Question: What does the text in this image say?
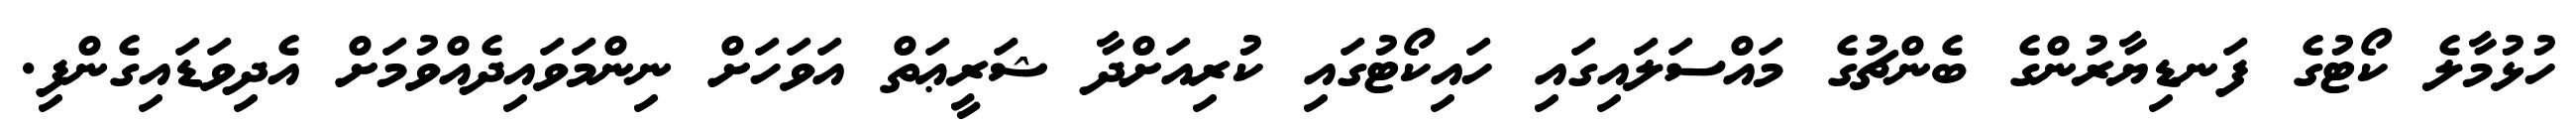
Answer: ހުޅުމާލެ ކޯޓުގެ ފަނޑިޔާރުންގެ ބެންޗުގެ މައްސަލައިގައި ހައިކޯޓުގައި ކުރިއަށްދާ ޝަރީޢަތް އަވަހަށް ނިންމަވައިދެއްވުމަށް އެދިވަޑައިގެންފި.